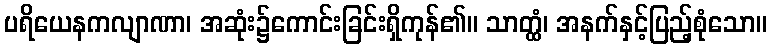
ပရိယေနကလျာဏာ၊ အဆုံး၌ကောင်းခြင်းရှိကုန်၏။ သာတ္ထံ၊ အနက်နှင့်ပြည့်စုံသော။